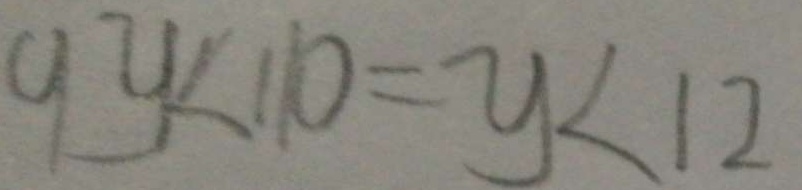
9 y < 1 1 0 = y < 1 2